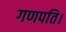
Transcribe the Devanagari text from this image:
गणपति।